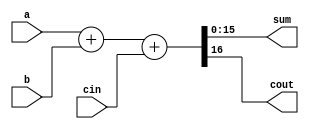
///////////////////////////////////////////////////////////////////////////////
// 
// N-BIT ADDER
//
///////////////////////////////////////////////////////////////////////////////
module adder(sum, cout, a, b, cin);

parameter BITS = 16;

output [BITS-1:0] sum;
output cout;

input [BITS-1:0] a;
input [BITS-1:0] b;
input cin;

assign {cout, sum} = a + b + cin;

endmodule